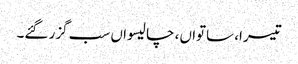
تیسرا، ساتواں، چالیسواں سب گزر گئے۔